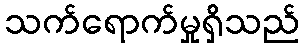
သက်ရောက်မှုရှိသည်